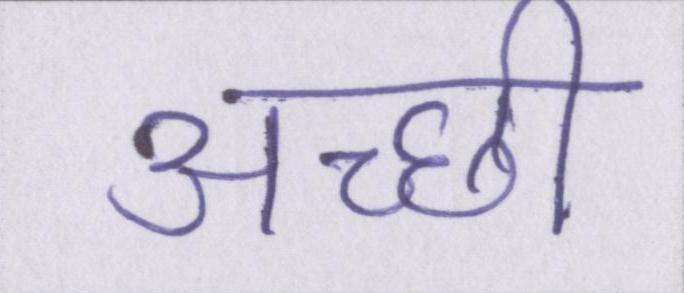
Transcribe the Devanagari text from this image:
अच्छी